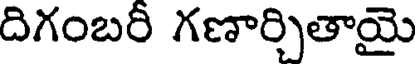
దిగంబరీ గణార్చితాయై